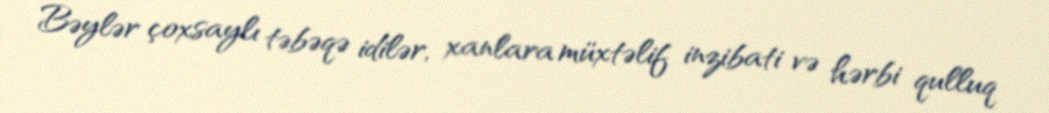
Bəylər çoxsaylı təbəqə idilər, xanlara müxtəlif inzibati və hərbi qulluq